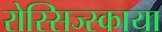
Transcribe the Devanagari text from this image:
रोस्सिज्स्काया